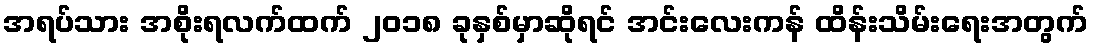
အရပ်သား အစိုးရလက်ထက် ၂၀၁၈ ခုနှစ်မှာဆိုရင် အင်းလေးကန် ထိန်းသိမ်းရေးအတွက်